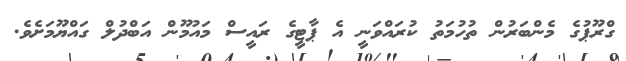
ގްރޫޕުގެ މެންބަރުން ތުހުމަތު ކުރައްވަނީ އެ ޕާޓީގެ ރައީސް މައުމޫން އަބްދުލް ގައްޔޫމަށެވެ.